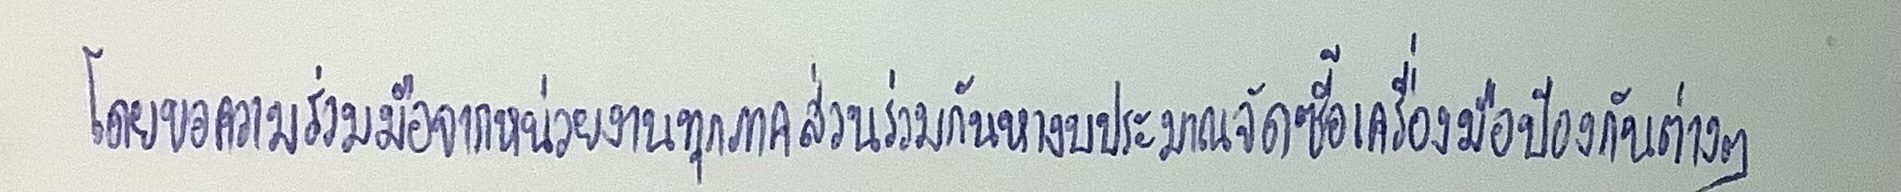
โดยขอความร่วมมือจากหน่วยงานทุกภาคส่วนร่วมกันหางบประมาณจัดซื้อเครื่องมือป้องกันต่างๆ